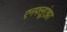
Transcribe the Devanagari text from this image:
एनफ्लूएंझा